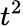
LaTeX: t^{2}